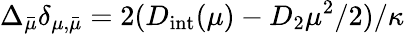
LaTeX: \Delta_{\bar{\mu}}\delta_{\mu,\bar{\mu}}=2(D_{\mathrm{int}}(\mu)-D_{2}\mu^{2}/2)/\kappa